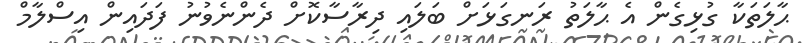
ޙާލަތަކާ ގުޅިގެން އެ ޙާލަތު ރަނގަޅަށް ބަލައި ދިރާސާކޮށް ދެންނެވުނު ފަދައިން އިސްލާމް